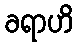
ခရာဟိ